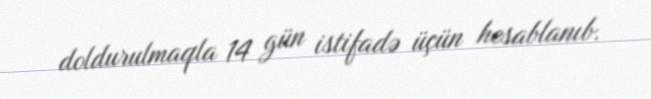
doldurulmaqla 14 gün istifadə üçün hesablanıb.